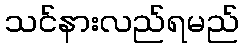
သင်နားလည်ရမည်